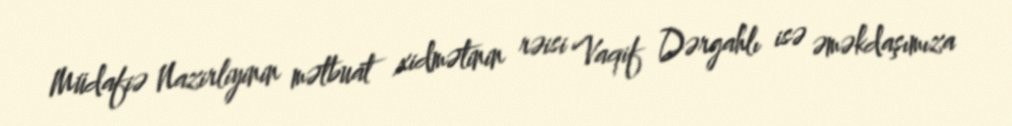
Müdafiə Nazirliyinin mətbuat xidmətinin rəisi Vaqif Dərgahlı isə əməkdaşımıza